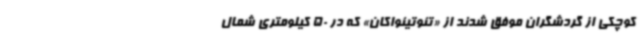
کوچکی از گردشگران موفق شدند از «تئوتیئواکان» که در 50 کیلومتری شمال